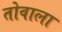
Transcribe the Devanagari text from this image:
तोवाला